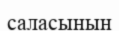
саласынын